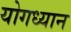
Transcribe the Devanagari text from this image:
योगध्‍यान